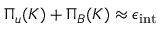
\Pi _ { u } ( K ) + \Pi _ { B } ( K ) \approx \epsilon _ { \mathrm { i n t } }